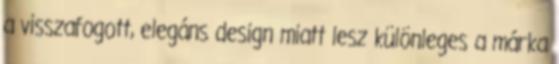
a visszafogott, elegáns design miatt lesz különleges a márka